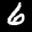
Label: 6